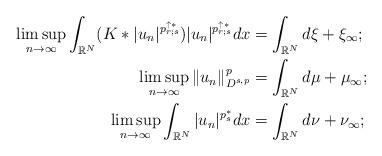
LaTeX: \begin{align*}\limsup_{n\to\infty}\int_{\mathbb{R}^N} (K\ast |u_n|^{p_{r;s}^{\uparrow *}}) |u_n|^{p_{r;s}^{\uparrow *}}dx&= \int_{\mathbb{R}^N} d\xi+\xi_\infty;\\\limsup_{n\to\infty}\|u_n\|_{D^{s,p}}^p &= \int_{\mathbb{R}^N} d\mu+\mu_\infty; \\\limsup_{n\to\infty}\int_{\mathbb{R}^N} |u_n|^{p_s^*} dx &= \int_{\mathbb{R}^N} d\nu+\nu_\infty; \end{align*}